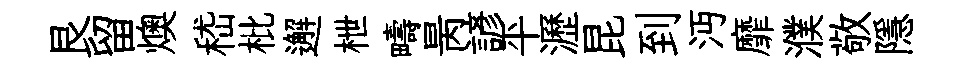
艮留燠嵇枇邂枻疇昺諺平瀝昆到沔靡濮敬隱